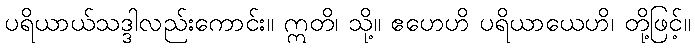
ပရိယာယ်သဒ္ဒါလည်းကောင်း။ ဣတိ၊ သို့။ ဧဟေဟိ ပရိယာယေဟိ၊ တို့ဖြင့်။